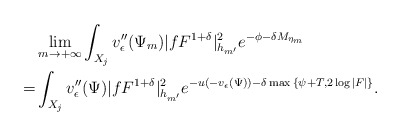
\begin{align*}&\lim_{m\to+\infty}\int_{X_j}v''_{\epsilon}(\Psi_m)|fF^{1+\delta}|^2_{h_{m'}} e^{-\phi-\delta M_{\eta_m}}\\=&\int_{X_j}v''_{\epsilon}(\Psi)|fF^{1+\delta}|^2_{h_{m'}} e^{-u(-v_{\epsilon}(\Psi))-\delta \max{\{\psi+T,2\log|F|\}}}.\end{align*}